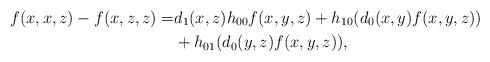
\begin{align*}f(x,x,z)-f(x,z,z)=&d_1(x,z) h_{00} f(x,y,z) + h_{10}(d_0(x,y)f(x,y,z))\\ &+ h_{01}(d_0(y,z)f(x,y,z)),\end{align*}